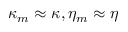
\kappa _ { m } \approx \kappa , \eta _ { m } \approx \eta